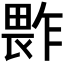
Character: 𱰻